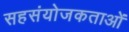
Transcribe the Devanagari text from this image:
सहसंयोजकताओं